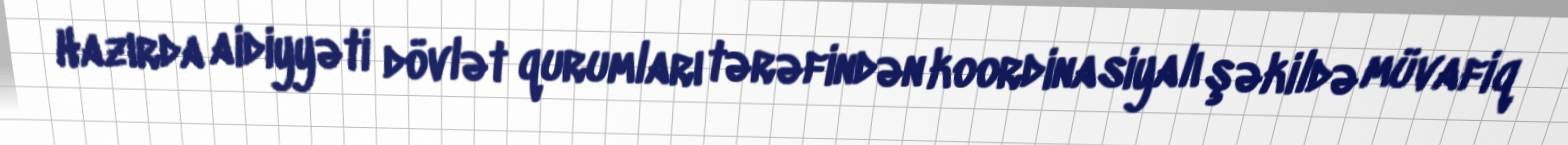
Hazırda aidiyyəti dövlət qurumları tərəfindən koordinasiyalı şəkildə müvafiq